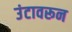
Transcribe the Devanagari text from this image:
उंटावरून